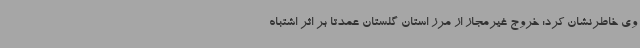
وی خاطرنشان کرد: خروج غیرمجاز از مرز استان گلستان عمدتاً بر اثر اشتباه